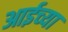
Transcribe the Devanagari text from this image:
आईच्‍या